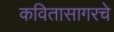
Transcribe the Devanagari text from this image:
कवितासागरचे